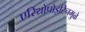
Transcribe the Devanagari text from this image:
एरिथ्रोपोइटिनमुळे